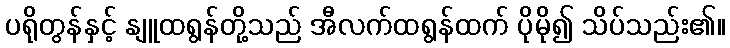
ပရိုတွန်နှင့် နျူထရွန်တို့သည် အီလက်ထရွန်ထက် ပိုမို၍ သိပ်သည်း၏။